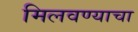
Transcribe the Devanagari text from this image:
मिलवण्याचा